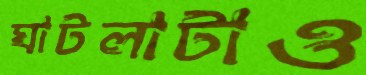
ঘাটলাটাও